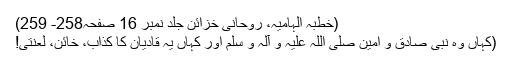
(خطبہ الہامیہ، روحانی خزائن جلد نمبر 16 صفحہ258- 259)
(کہاں وہ نبی صادق و امین صلی اللہ علیہ و آلہ و سلم اور کہاں یہ قادیان کا کذاب، خائن، لعنتی!